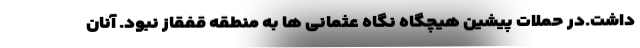
داشت.در حملات پیشین هیچگاه نگاه عثمانی ها به منطقه قفقاز نبود. آنان